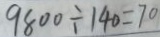
9 8 0 0 \div 1 4 0 = 7 0